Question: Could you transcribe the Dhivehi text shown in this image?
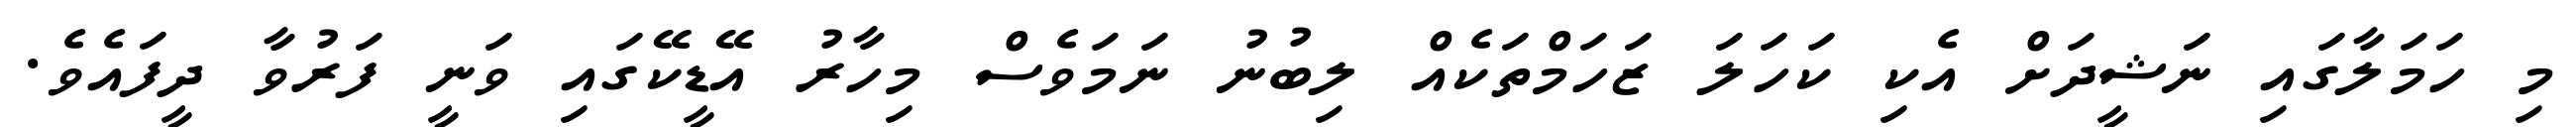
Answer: މި ހަމަލާގައި ނަޝީދަށް އެކި ކަހަލަ ޒަހަމްތަކެއް ލިބުނު ނަމަވެސް މިހާރު އޭޑީކޭގައި ވަނީ ފަރުވާ ދީފައެވެ.